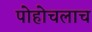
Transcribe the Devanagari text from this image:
पोहोचलाच